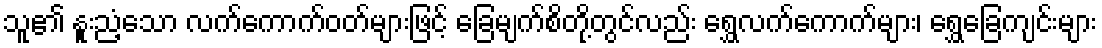
သူ၏ နူးညံ့သော လက်ကောက်ဝတ်များဖြင့် ခြေမျက်စိတို့တွင်လည်း ရွှေလက်ကောက်များ၊ ရွှေခြေကျင်းများ